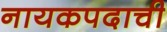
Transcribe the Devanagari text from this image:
नायकपदाची